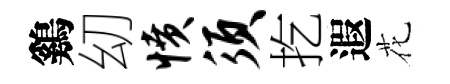
鷄㓜愤须扢遐花